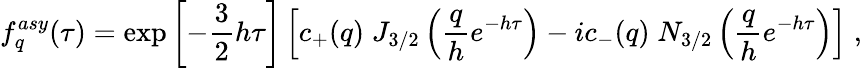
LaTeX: f_{q}^{asy}(\tau)=\exp\left[-\frac{3}{2}h\tau\right]\left[c_{+}(q)\; J_{3/2}\left(\frac{q}{h}e^{-h\tau}\right)-ic_{-}(q)\; N_{3/2}\left(\frac{q}{h}e^{-h\tau}\right)\right]\; ,